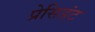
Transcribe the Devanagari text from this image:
प्रेसिडंट